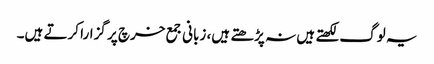
یہ لوگ لکھتے ہیں نہ پڑھتے ہیں، زبانی جمع خرچ پر گزارا کرتے ہیں۔